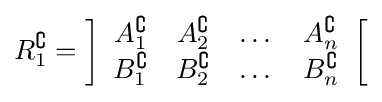
R_{1}^{\complement }=\left]{\begin{array}{cccc}A_{1}^{\complement }&A_{2}^{\complement }&\dots &A_{n}^{\complement }\\B_{1}^{\complement }&B_{2}^{\complement }&\dots &B_{n}^{\complement }\end{array}}\right[